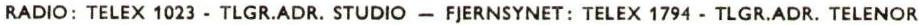
RADIO: TELEX 1023 - TLGR.ADR. STUDIO - FJERNSYNET: TELEX 1794 - TLGR.ADR. TELENOR